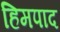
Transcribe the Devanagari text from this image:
हिमपाद